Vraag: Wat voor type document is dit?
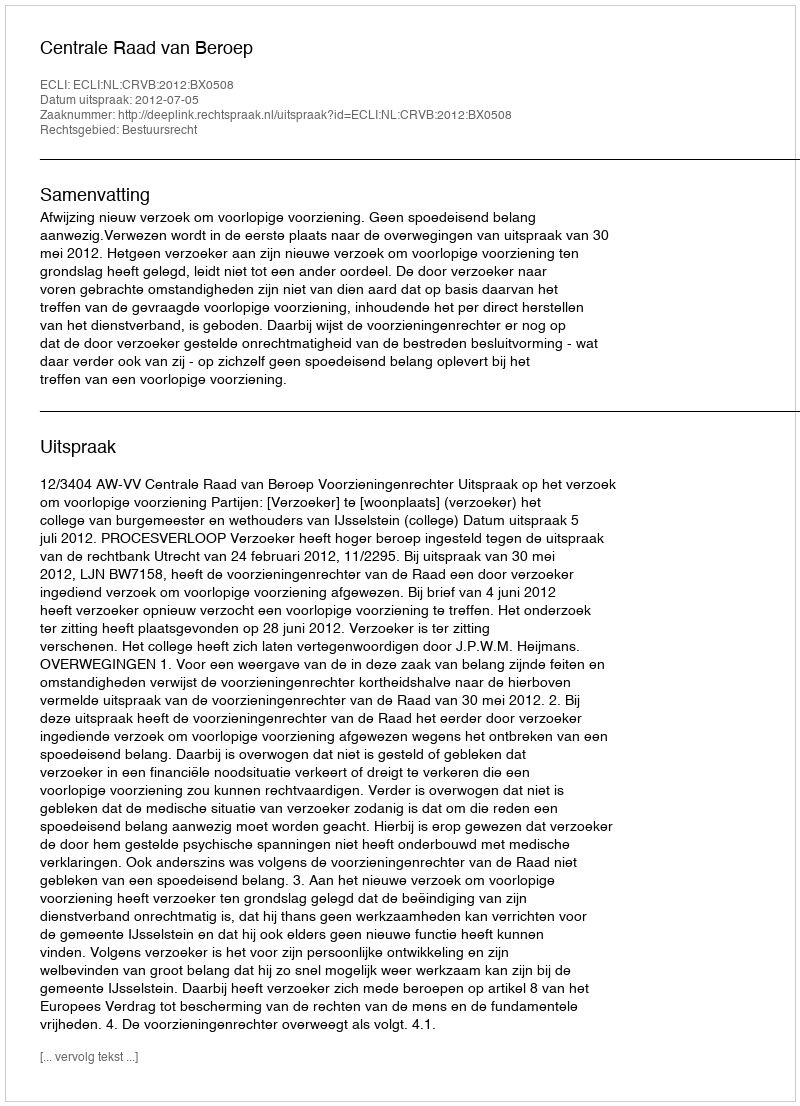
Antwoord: Uitspraak